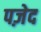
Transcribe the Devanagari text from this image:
पज़ेद